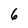
Character: 6